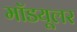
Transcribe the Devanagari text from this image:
मॉडयूलर